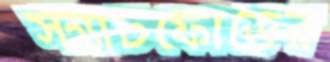
স্ট্যাটফোর্ডের